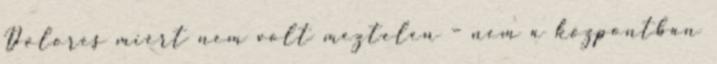
Dolores miért nem volt meztelen – nem a központban